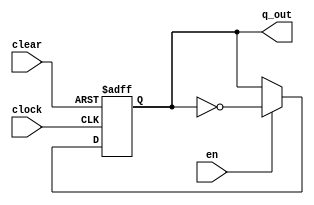
module t_flipflop(en,clock,clear,q_out);
	input en;
	input clock;
	input clear;
	output reg q_out;

	always@(negedge clear or posedge clock)
		if(!clear)
			q_out <= 1'b0;
		else if(!en) 
			q_out <= q_out;
		else 
			q_out <= ~q_out;
					
endmodule